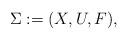
LaTeX: \begin{align*}\Sigma:=(X,U,F),\end{align*}